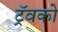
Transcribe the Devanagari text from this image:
ट्रॅवको